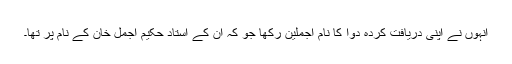
انہوں نے اپنی دریافت کردہ دوا کا نام اجملین رکھا جو کہ ان کے استاد حکیم اجمل خان کے نام پر تھا۔